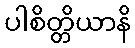
ပါစိတ္တိယာနိ